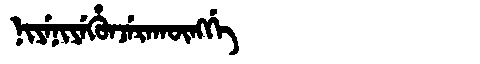
Manchu: ᠨᡳᠶᡝᠨᡳᠶᡝᡥᡠᠨᠵᡝᡵᠠᡴᡡᠩᡤᡝ
Romanization: NIYENIYEHUNJERAKŪNGGE